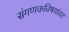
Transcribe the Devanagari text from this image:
संगणकविषयांवर